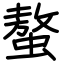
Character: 螯